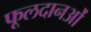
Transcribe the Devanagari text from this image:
फूलदानओं